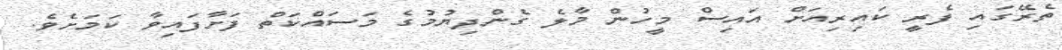
ތެރޭގައި ފެރީ ކައިރިއަށް އައިސް މީހުން މާލެ ގެންދިޔުމުގެ މަސައްކަތް ފަށާފައިވާ ކަމަށެވެ.